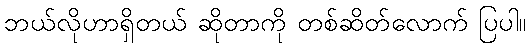
ဘယ်လိုဟာရှိတယ် ဆိုတာကို တစ်ဆိတ်လောက် ပြပါ။